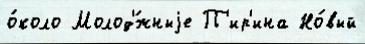
о́коло Молод'́жныjе П'ир'ина Но́вый